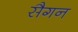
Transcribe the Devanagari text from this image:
सैगन